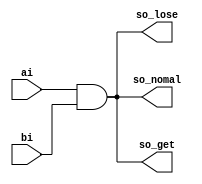
//
// `timescale 1ns/1ns
module time_delay(ai,bi,so_nomal,so_get,so_lose);
    input ai,bi;    //!
    output so_nomal,so_get,so_lose; //!
    assign #20 so_lose = ai & bi;
    assign #5 so_get = ai & bi;
    assign so_nomal = ai & bi;
endmodule